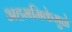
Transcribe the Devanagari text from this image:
अहममिकेमुळे